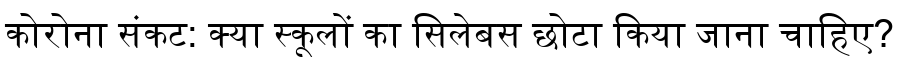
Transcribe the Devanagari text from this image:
कोरोना संकट: क्या स्कूलों का सिलेबस छोटा किया जाना चाहिए?